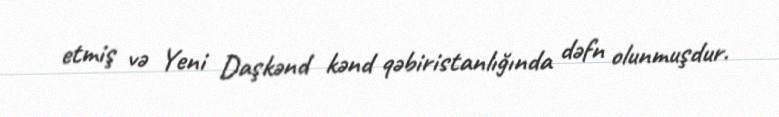
etmiş və Yeni Daşkənd kənd qəbiristanlığında dəfn olunmuşdur.